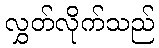
လွှတ်လိုက်သည်